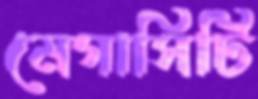
মেগাসিটি